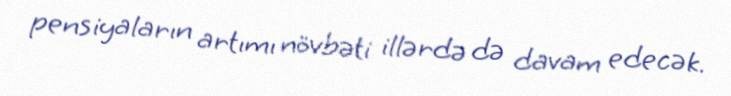
pensiyaların artımı növbəti illərdə də davam edecək.